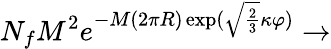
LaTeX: N_{f}M^{2}e^{-M(2\pi R)\exp(\sqrt{\frac 23}\kappa\varphi)}\rightarrow